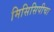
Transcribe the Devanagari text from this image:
मिसिसिपीचा